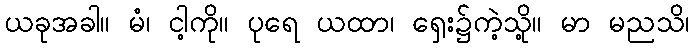
ယခုအခါ။ မံ၊ ငါ့ကို။ ပုရေ ယထာ၊ ရှေး၌ကဲ့သို့။ မာ မညသိ၊